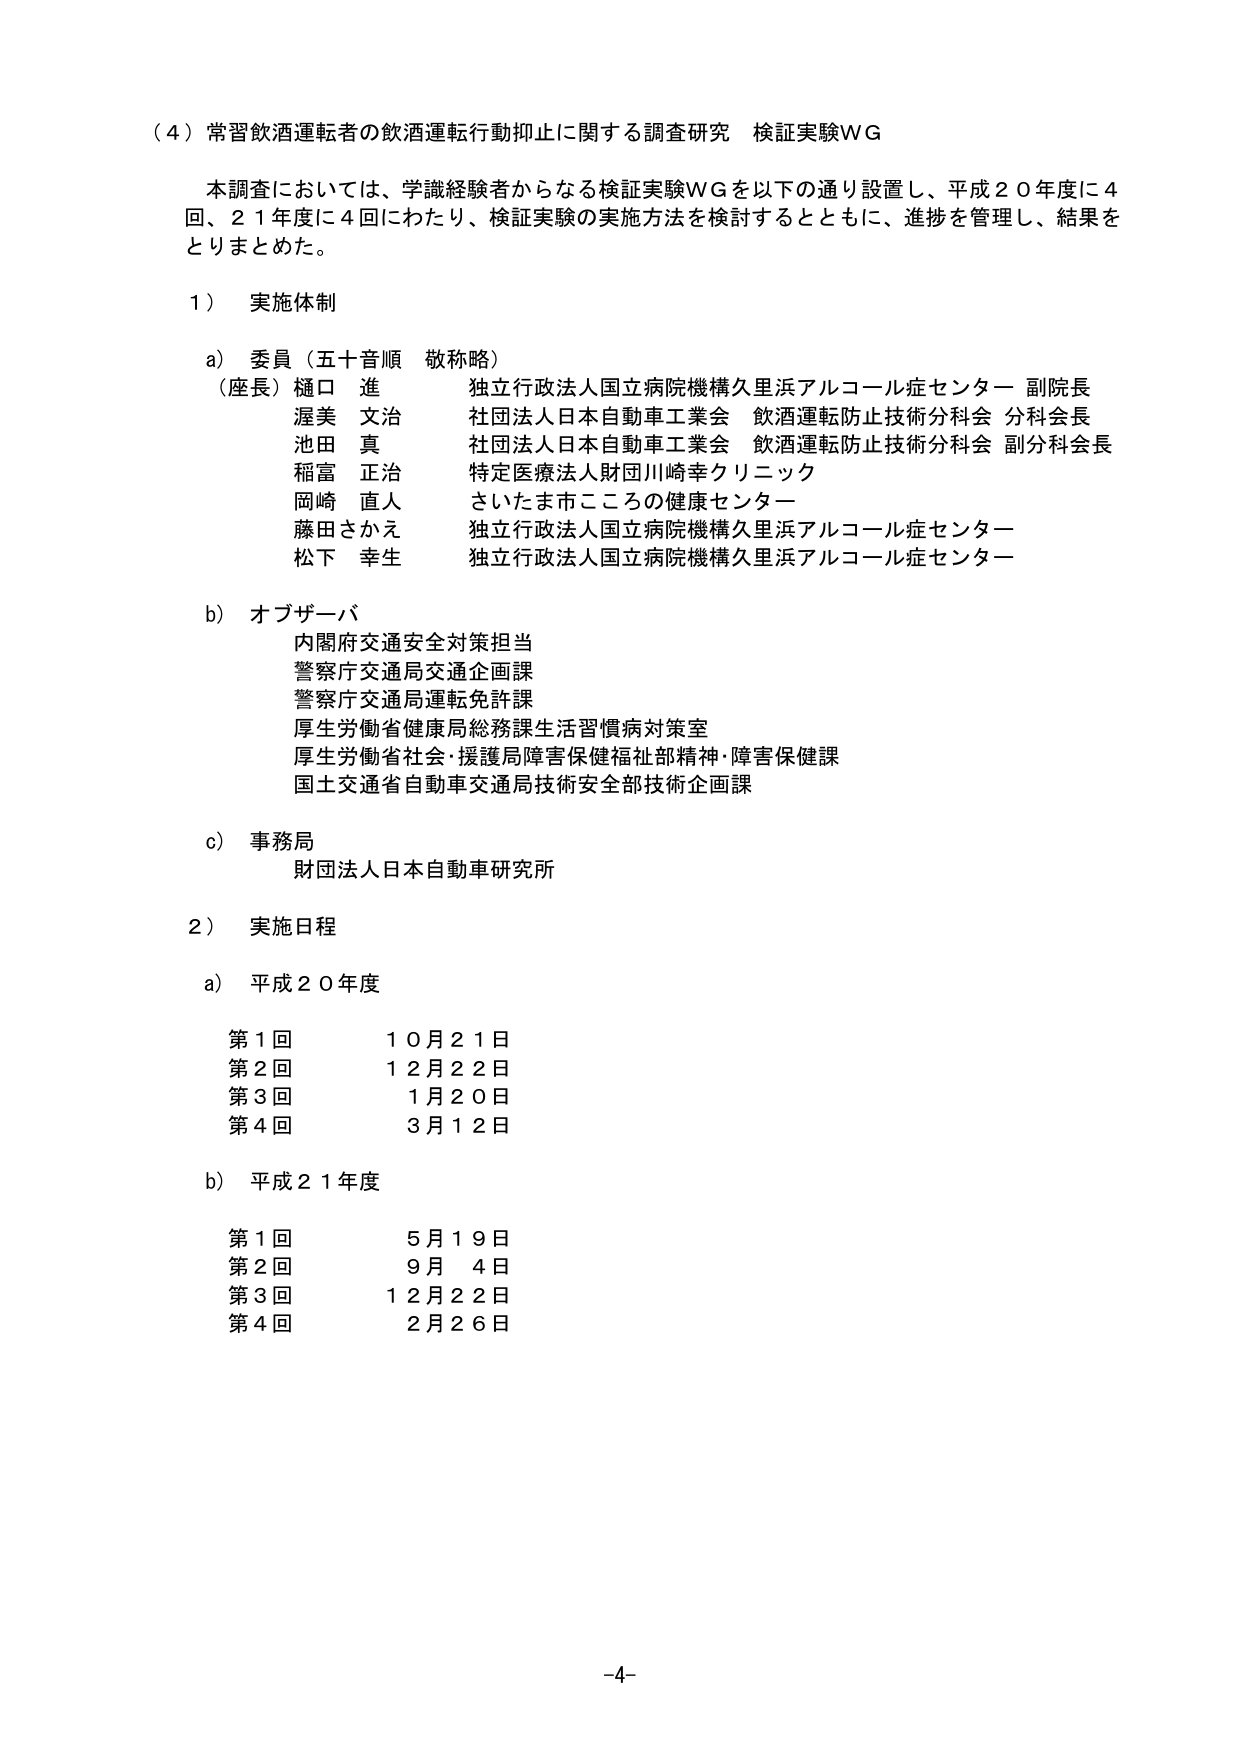
（４）常習飲酒運転者の飲酒運転行動抑止に関する調査研究 検証実験WG

本調査においては、学識経験者からなる検証実験WGを以下の通り設置し、平成２０年度に４回、２１年度に４回にわたり、検証実験の実施方法を検討するとともに、進捗を管理し、結果をとりまとめた。

１） 実施体制

a） 委員（五十音順 敬称略）
（座長）樋口 進 独立行政法人国立病院機構久里浜アルコール症センター 副院長
渥美 文治 社団法人日本自動車工業会 飲酒運転防止技術分科会 分科会長
池田 真 社団法人日本自動車工業会 飲酒運転防止技術分科会 副分科会長
稲富 正治 特定医療法人財団川崎幸クリニック
岡崎 直人 さいたま市こころの健康センター
藤田さかえ 独立行政法人国立病院機構久里浜アルコール症センター
松下 幸生 独立行政法人国立病院機構久里浜アルコール症センター

b） オブザーバ
内閣府交通安全対策担当
警察庁交通局交通企画課
警察庁交通局運転免許課
厚生労働省健康局総務課生活習慣病対策室
厚生労働省社会・援護局障害保健福祉部精神・障害保健課
国土交通省自動車交通局技術安全部技術企画課

c） 事務局
財団法人日本自動車研究所

２） 実施日程

a） 平成２０年度
第１回 １０月２１日
第２回 １２月２２日
第３回 １月２０日
第４回 ３月１２日

b） 平成２１年度
第１回 ５月１９日
第２回 ９月 ４日
第３回 １２月２２日
第４回 ２月２６日

-4-